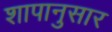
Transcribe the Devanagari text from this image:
शापानुसार